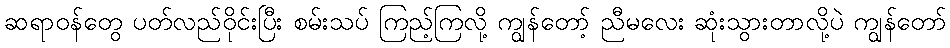
ဆရာဝန်တွေ ပတ်လည်ဝိုင်းပြီး စမ်းသပ် ကြည့်ကြလို့ ကျွန်တော့် ညီမလေး ဆုံးသွားတာလို့ပဲ ကျွန်တော်